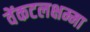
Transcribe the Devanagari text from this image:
वेंकटलक्षम्मा